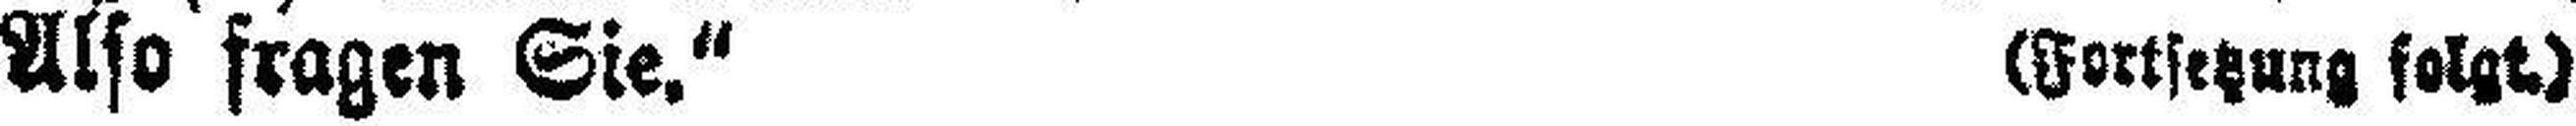
Also fragen Sie.“ (Fortsetzung folgt.)